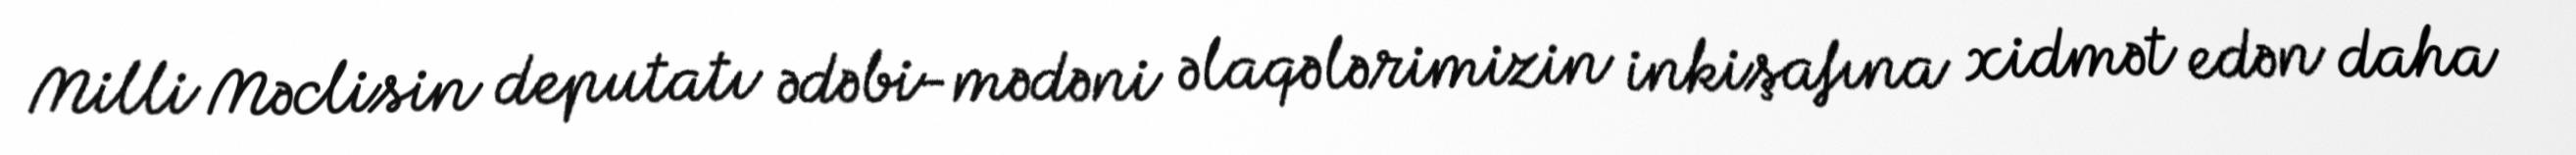
Milli Məclisin deputatı ədəbi-mədəni əlaqələrimizin inkişafına xidmət edən daha